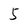
Character: 5